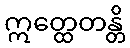
ဣတ္ထေတန္တိ